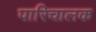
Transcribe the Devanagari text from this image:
पारिचालक